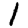
Digit: 1